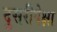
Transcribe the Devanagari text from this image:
दुसरीपेक्षा